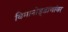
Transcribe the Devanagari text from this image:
विमानोड्डाणांवर